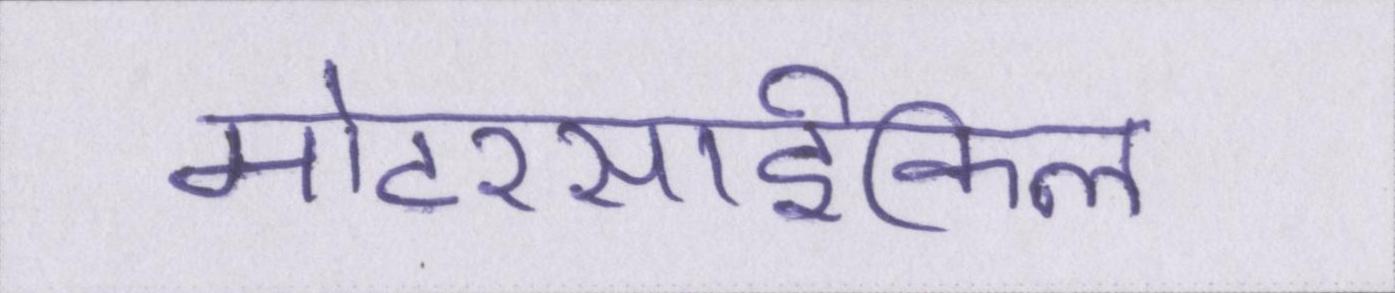
मोटरसार्इकिल